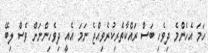
ހަމަ އެހެންމެ ދިވެހި ބަސް ރައްކާތެރިކުރެވިއްޖެ ނަމަ އެއީ ދިވެހިންނަށް ވެސް ލިބޭ